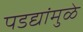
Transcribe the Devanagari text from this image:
पडद्यांमुळे